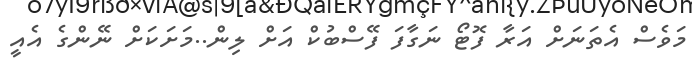
މަވެސް އެތަނަށް އަރާ ފޮޓޯ ނަގާފަ ފޭސްބުކް އަށް ލިން..މަށަކަށް ނޭންގެ އެއީ